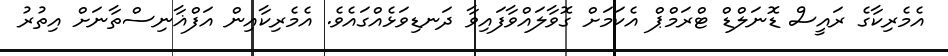
އެމެރިކާގެ ރައީސް ޑޮނަލްޑް ޓްރަމްޕް އެކަމަށް ގޮވާލައްވާފައިވާ ދަނޑިވަޅެއްގައެވެ. އެމެރިކާއިން އަފްޣާނިސްތާނަށް އިތުރު